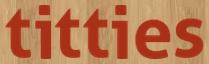
titties